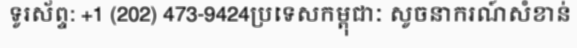
ទូរស័ព្ទ: +1 (202) 473-9424ប្រទេសកម្ពុជាៈ សូចនាករណ៍សំខាន់